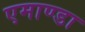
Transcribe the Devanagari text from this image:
एमाण्डा